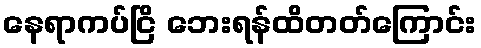
နေရာကပ်ငြိ ဘေးရန်ထိတတ်ကြောင်း